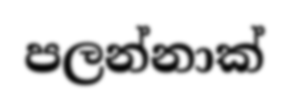
පලන්නාක්